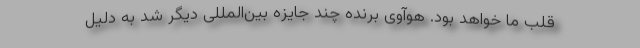
قلب ما خواهد بود. هوآوی برنده چند جایزه بین‌المللی دیگر شد به دلیل